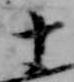
十